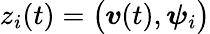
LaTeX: z_{i}(t)=\big(\boldsymbol{v}(t),\boldsymbol{\psi}_{i}\big)